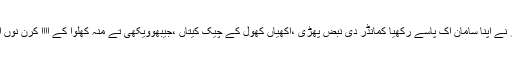
ڈاکٹر نے اپنا سامان اک پاسے رکھیا کمانڈر دی نبض پھڑی ،اکھیاں کھول کے چیک کیتاں ،جیبھوویکھی تے منہ کھلوا کے آآآآ کرن نوں آکھیا۔